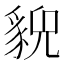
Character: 𧳱